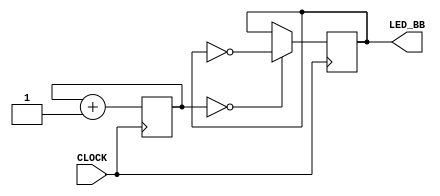
`timescale 1ns / 1ps
//////////////////////////////////////////////////////////////////////////////////
// Company: 
// Engineer: 
// 
// Design Name: 
// Module Name: blinking_boundary
// Project Name: 
// Target Devices: 
// Tool Versions: 
// Description: 
// 
// Dependencies: 
// 
// Revision:
// Revision 0.01 - File Created
// Additional Comments:
// 
//////////////////////////////////////////////////////////////////////////////////


module blinking_boundary(
    input CLOCK,
    output reg LED_BB = 0
    );
    
    //6Hz
    reg [22:0] COUNT = 0;
    
    always @ (posedge CLOCK) begin
        COUNT <= COUNT + 1;
        LED_BB <= ( COUNT == 0 ) ? ~LED_BB : LED_BB;        
    end
endmodule